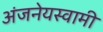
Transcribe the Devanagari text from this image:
अंजनेयस्‍वामी